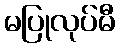
မပြုလုပ်မီ